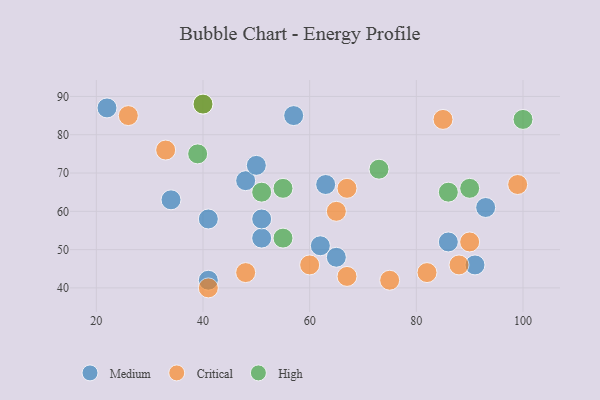
{"axis": {"x": "GDP", "y": "Life Expectancy"}, "legend": ["Critical", "High", "Medium"], "data": [{"x": "91", "y": 46, "type": "Medium"}, {"x": "62", "y": 51, "type": "Medium"}, {"x": "86", "y": 52, "type": "Medium"}, {"x": "65", "y": 48, "type": "Medium"}, {"x": "93", "y": 61, "type": "Medium"}, {"x": "22", "y": 87, "type": "Medium"}, {"x": "51", "y": 53, "type": "Medium"}, {"x": "57", "y": 85, "type": "Medium"}, {"x": "41", "y": 42, "type": "Medium"}, {"x": "48", "y": 68, "type": "Medium"}, {"x": "34", "y": 63, "type": "Medium"}, {"x": "51", "y": 58, "type": "Medium"}, {"x": "63", "y": 67, "type": "Medium"}, {"x": "41", "y": 58, "type": "Medium"}, {"x": "50", "y": 72, "type": "Medium"}, {"x": "75", "y": 42, "type": "Critical"}, {"x": "40", "y": 88, "type": "Critical"}, {"x": "82", "y": 44, "type": "Critical"}, {"x": "67", "y": 43, "type": "Critical"}, {"x": "33", "y": 76, "type": "Critical"}, {"x": "88", "y": 46, "type": "Critical"}, {"x": "90", "y": 52, "type": "Critical"}, {"x": "67", "y": 66, "type": "Critical"}, {"x": "41", "y": 40, "type": "Critical"}, {"x": "60", "y": 46, "type": "Critical"}, {"x": "48", "y": 44, "type": "Critical"}, {"x": "65", "y": 60, "type": "Critical"}, {"x": "85", "y": 84, "type": "Critical"}, {"x": "99", "y": 67, "type": "Critical"}, {"x": "26", "y": 85, "type": "Critical"}, {"x": "51", "y": 65, "type": "High"}, {"x": "90", "y": 66, "type": "High"}, {"x": "100", "y": 84, "type": "High"}, {"x": "55", "y": 53, "type": "High"}, {"x": "86", "y": 65, "type": "High"}, {"x": "73", "y": 71, "type": "High"}, {"x": "39", "y": 75, "type": "High"}, {"x": "40", "y": 88, "type": "High"}, {"x": "55", "y": 66, "type": "High"}]}